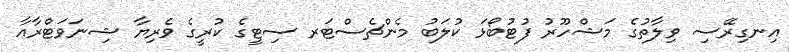
އިނގިރޭސި ވިލާތުގެ މަޝްހޫރު ފުޓުބޯޅަ ކުލަބު މެންޗެސްޓަރ ސިޓީގެ ކުރީގެ ވެރިޔާ ޝިނަވަޓްރާއާ